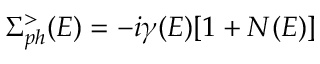
\Sigma _ { p h } ^ { > } ( E ) = - i \gamma ( E ) [ 1 + N ( E ) ]